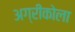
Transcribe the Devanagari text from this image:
अग्रीकोला